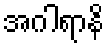
အဂါရာနိ